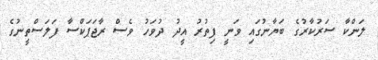
ލަންކާ ސަރުކާރުގެ ބަޔާނުގައި ވަނީ ފިތުރު އީދު ދުވަހު ވެސް ރާޖަޕަކްސާ ފަލަސްތީނުގެ